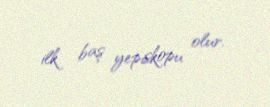
ilk baş yepiskopu olur.